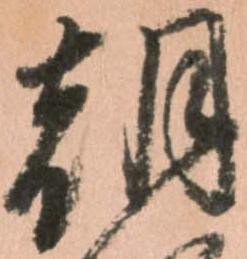
朝